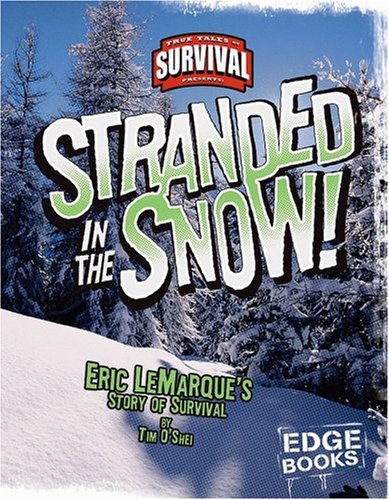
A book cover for Stranded in the Snow!: Eric LeMarque's Story of Survival (True Tales of Survival); Tim O'Shei; Sports & Outdoors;